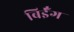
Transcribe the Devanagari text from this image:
बिईँग